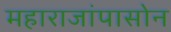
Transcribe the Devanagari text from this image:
महाराजांपासोन